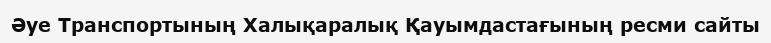
Әуе Транспортының Халықаралық Қауымдастағының ресми сайты